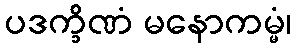
ပဒက္ခိဏံ မနောကမ္မံ၊